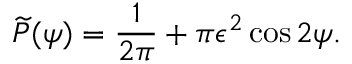
\widetilde { P } ( \psi ) = \frac { 1 } { 2 \pi } + \pi \epsilon ^ { 2 } \cos 2 \psi .